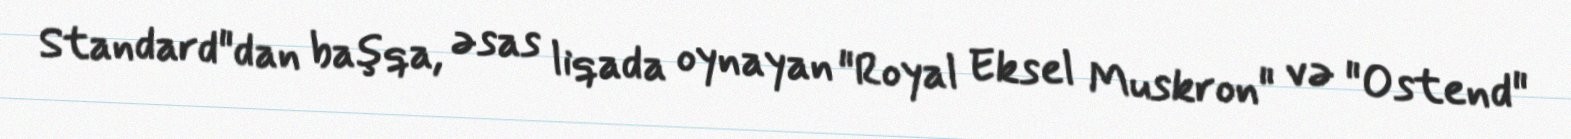
Standard"dan başqa, əsas liqada oynayan "Royal Eksel Muskron" və "Ostend"